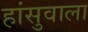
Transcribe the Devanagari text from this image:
हांसुवाला